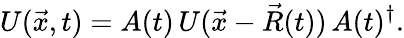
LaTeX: U(\vec{x},t)=A(t)\, U(\vec{x}-\vec{R}(t))\, A(t)^{\dagger}.